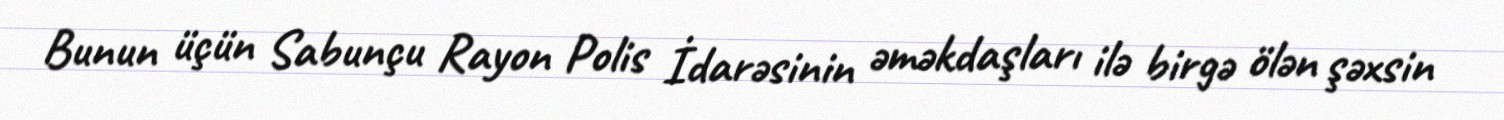
Bunun üçün Sabunçu Rayon Polis İdarəsinin əməkdaşları ilə birgə ölən şəxsin